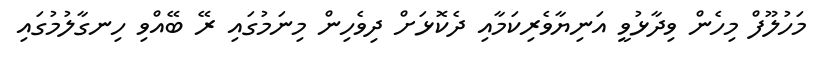
މަހުލޫފް މިހެން ވިދާޅުވީ އަނިޔާވެރިކަމާއި ދެކޮޅަށް ދިވެހިން މިނަމުގައި ރޭ ބޭއްވި ހިނގާލުމުގައި